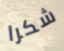
شكرا